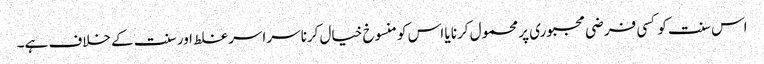
اس سنت کو کسی فرضی مجبوری پر محمول کرنا یا اس کو منسوخ خیال کرنا سراسر غلط اور سنت کے خلاف ہے۔